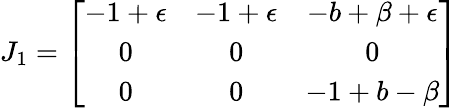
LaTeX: J_{1}=\left[\begin{array}{ccc}{-1+\epsilon}&{-1+\epsilon}&{-b+\beta+\epsilon}\\ {0}&{0}&{0}\\ {0}&{0}&{-1+b-\beta}\end{array}\right]